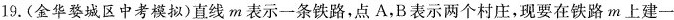
19.(金华婺城区中考模拟)直线m表示一条铁路，点A，B表示两个村庄，现要在铁路m上建一